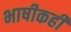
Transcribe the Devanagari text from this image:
भाषीकही